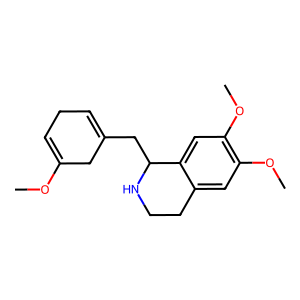
SMILES: COC1=CCC=C(CC2NCCc3cc(OC)c(OC)cc32)C1
Inhibits HIV replication: No